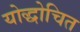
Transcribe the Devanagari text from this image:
योद्धोचित